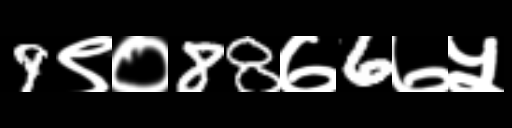
Text: 9९०88७6७५